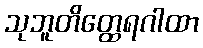
သုဘူတိတ္ထေရဂါထာ